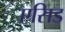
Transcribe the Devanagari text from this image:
एसिड